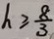
h \geq \frac { 8 } { 3 }